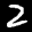
Label: 2